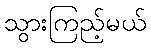
သွားကြည့်မယ်